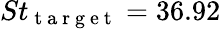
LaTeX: St_{\mathrm{~t~a~r~g~e~t~}}=36.92